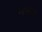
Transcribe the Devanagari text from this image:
नाका़ेडा